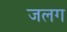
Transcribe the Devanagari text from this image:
जलग